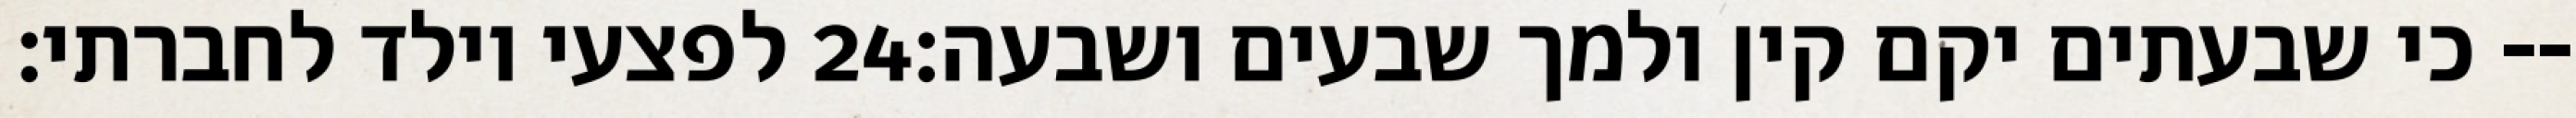
לפצעי וילד לחברתי׃ ‎24‏ כי שבעתים יקם קין ולמך שבעים ושבעה׃--